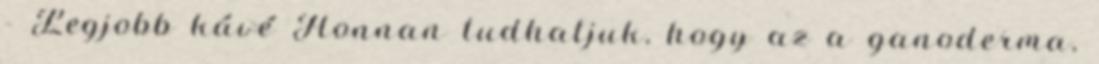
- Legjobb kávé Honnan tudhatjuk, hogy az a ganoderma,